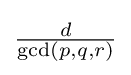
{\textstyle {\frac {d}{\gcd(p,q,r)}}}